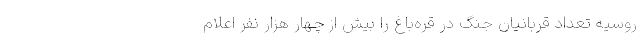
روسیه تعداد قربانیان جنگ در قره‌باغ را بیش از چهار هزار نفر اعلام